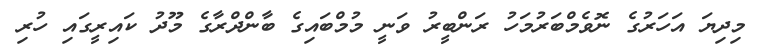
މިދިޔަ އަހަރުގެ ނޮވެމްބަރުމަހު ރަންބީރު ވަނީ މުމްބައިގެ ބާންދްރާގެ މޫދު ކައިރީގައި ހުރި